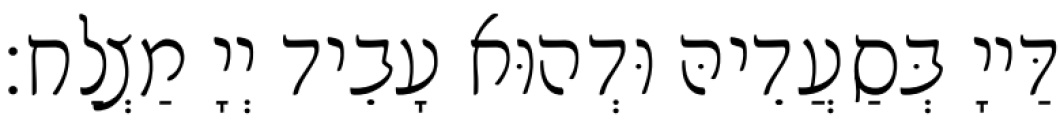
דַּייָ בְּסַעֲדֵיהּ וּדְהוּא עָבֵיד יְיָ מַצְלַח׃